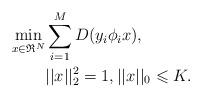
LaTeX: \begin{align*}\mathop {\min }\limits_{x\in \mathfrak{R}^N}& \sum_{i=1}^{M}D(y_i\phi_i x),\\&||x||_2^2=1, ||x||_0 \leqslant K.\end{align*}